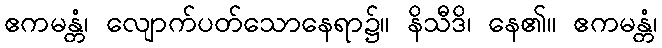
ဧကမန္တံ၊ လျောက်ပတ်သောနေရာ၌။ နိသီဒိ၊ နေ၏။ ဧကမန္တံ၊